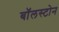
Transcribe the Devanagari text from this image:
बॉलस्टोन